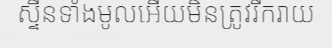
ស្ទីនទាំងមូលអើយមិនត្រូវរីករាយ